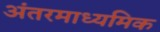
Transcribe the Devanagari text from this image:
अंतरमाध्यमिक